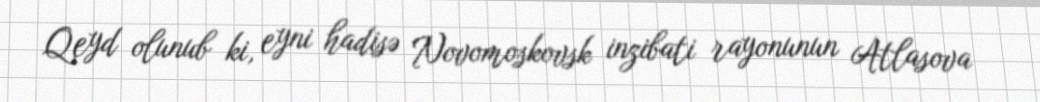
Qeyd olunub ki, eyni hadisə Novomoskovsk inzibati rayonunun Atlasova